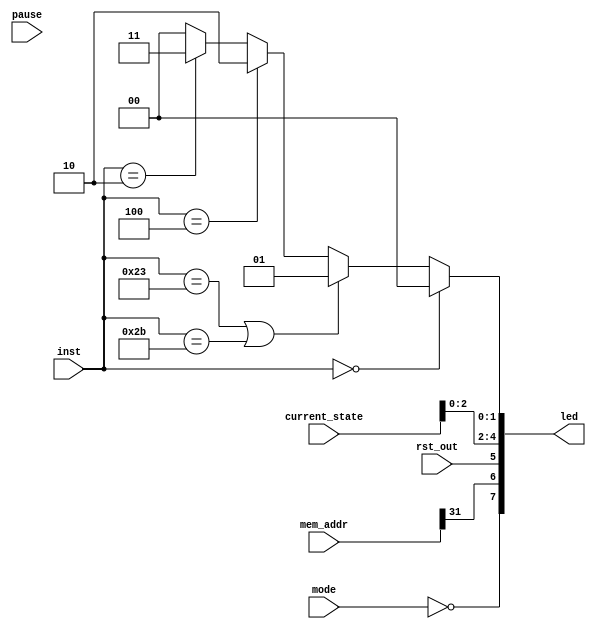
`timescale 1ns / 1ps
//////////////////////////////////////////////////////////////////////////////////
// Company: 
// Engineer: 
// 
// Design Name: 
// Module Name:    Led_IO 
// Project Name: 
// Target Devices: 
// Tool versions: 
// Description: 
//
// Dependencies: 
//
// Revision: 
// Revision 0.01 - File Created
// Additional Comments: 
//
//////////////////////////////////////////////////////////////////////////////////
module Led_IO(
				  input wire pause,
				  input wire[31:0] mem_addr,
				  input wire[5:0] inst,
				  input wire[3:0] current_state,
				  input wire mode,
				  input wire rst_out,
				  output wire[7:0] led
    );

assign led[1:0] = (inst==0)?2'b0:
                  ((inst==35)||(inst==43))?2'd1:
						(inst==4)?2'd2:
						(inst==2)?2'd3:2'd0;
assign led[4:2] = current_state;
assign led[5] = (rst_out);
assign led[6] = (mem_addr[31]);
assign led[7] = (~mode);


endmodule